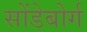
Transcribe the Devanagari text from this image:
सोंडेबोर्ग